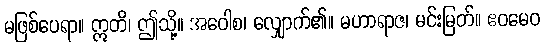
မဖြစ်ပေရာ။ ဣတိ၊ ဤသို့။ အဝေါစ၊ လျှောက်၏။ မဟာရာဇ၊ မင်းမြတ်။ ဧဝမေဝ